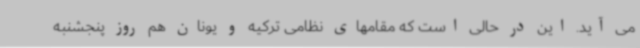
می آید. این در حالی است که مقامهای نظامی ترکیه و یونان هم روز پنجشنبه